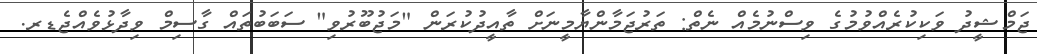
ޖަމްޝީދު ވަކިކުރެއްވުމުގެ ވިސްނުމެއް ނެތް: ތަރުޖަމާންޔާމީނަށް ތާއީދުކުރަން "މަޖުބޫރުވި" ސަބަބުތައް ގާސިމް ވިދާޅުވެއްޖެޑރ.